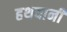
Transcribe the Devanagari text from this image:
हथयानी